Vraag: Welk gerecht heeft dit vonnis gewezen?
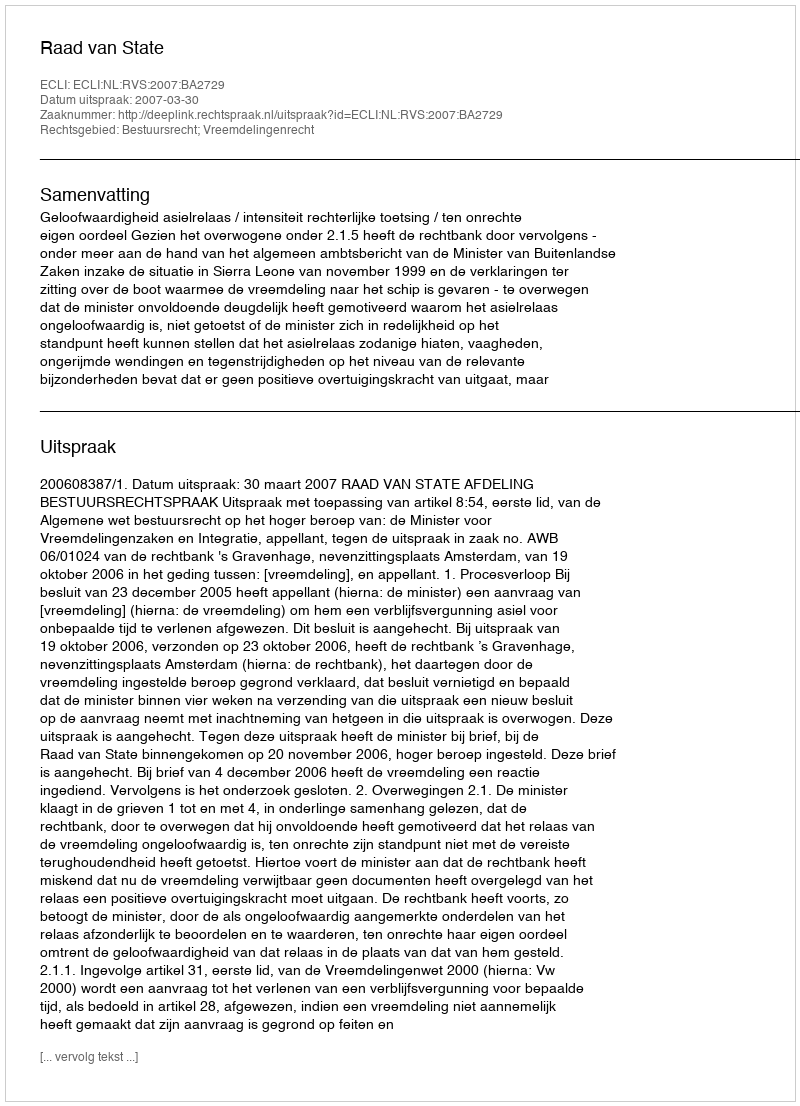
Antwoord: Raad van State